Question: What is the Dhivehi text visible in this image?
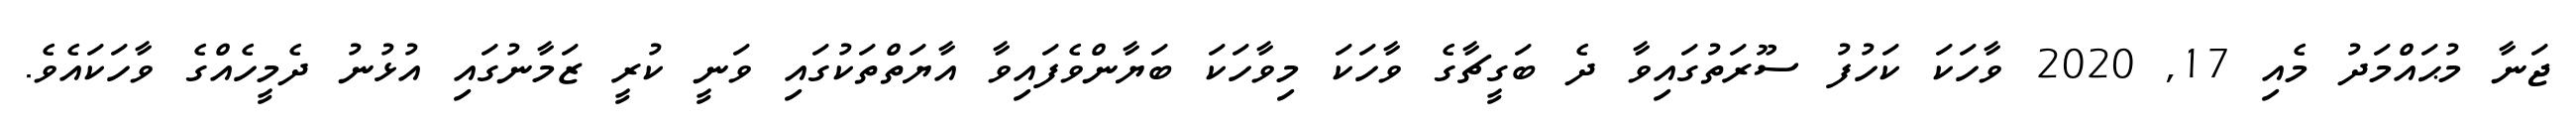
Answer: ޖަނާ މުޙައްމަދު މެއި 17, 2020 ވާހަކަ ކަހުފު ސޫރަތުގައިވާ ދެ ބަގީޗާގެ ވާހަކަ މިވާހަކަ ބަޔާންވެފައިވާ އާޔަތްތަކުގައި ވަނީ ކުރީ ޒަމާނުގައި އުޅުނު ދެމީހެއްގެ ވާހަކައެވެ.